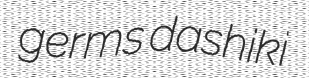
germs dashiki